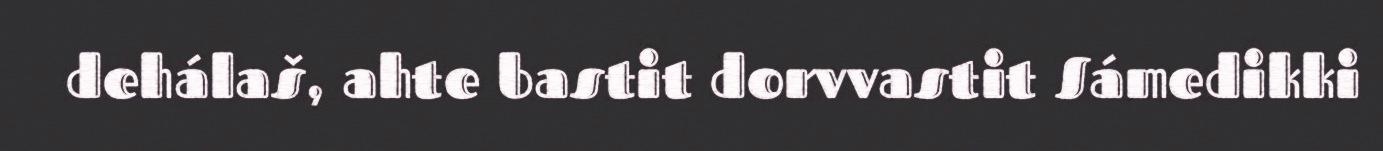
dehálaš, ahte bastit dorvvastit Sámedikki